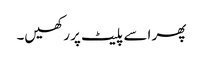
پھر اسے پلیٹ پر رکھیں۔